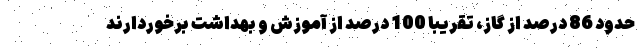
حدود 86 درصد از گاز، تقریباً 100 درصد از آموزش و بهداشت برخوردارند